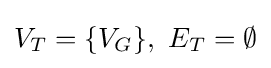
V_{T}=\{V_{G}\},\ E_{T}=\emptyset